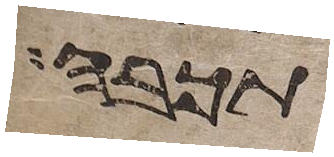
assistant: תכבה